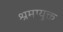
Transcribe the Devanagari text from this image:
श्रमायुक्त